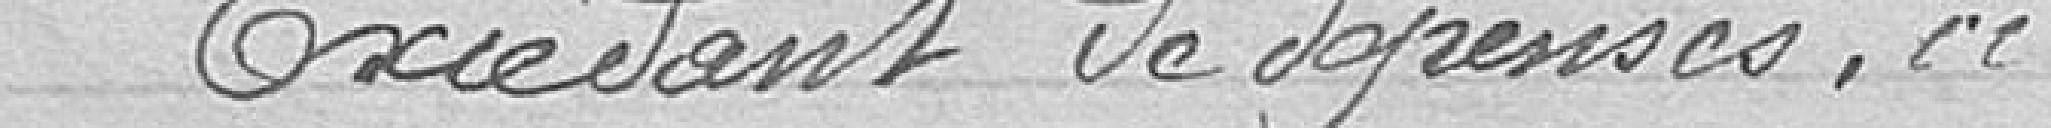
Excédant de dépense, ci